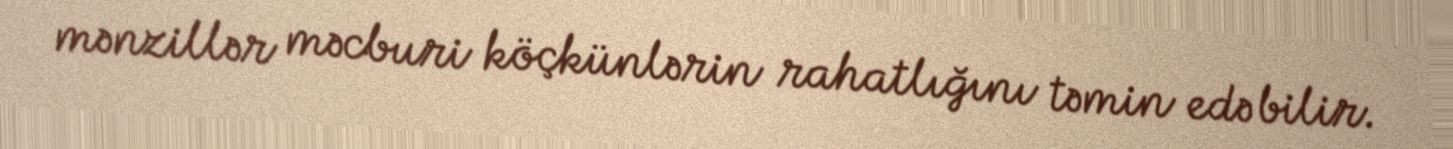
mənzillər məcburi köçkünlərin rahatlığını təmin edə bilir.